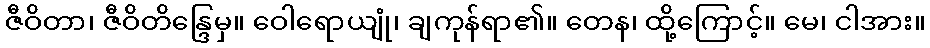
ဇီဝိတာ၊ ဇီဝိတိန္ဒြေမှ။ ဝေါရောယျုံ၊ ချကုန်ရာ၏။ တေန၊ ထို့ကြောင့်။ မေ၊ ငါအား။